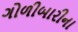
ગોળીબારીના